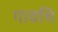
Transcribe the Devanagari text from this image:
गावचि